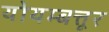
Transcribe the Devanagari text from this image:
योयम्बत्तूर